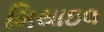
મિથાઇલ